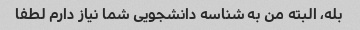
بله، البته من به شناسه دانشجویی شما نیاز دارم لطفا